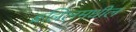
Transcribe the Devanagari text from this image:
ब्रझिलमधील